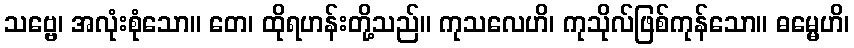
သဗ္ဗေ၊ အလုံးစုံသော။ တေ၊ ထိုရဟန်းတို့သည်။ ကုသလေဟိ၊ ကုသိုလ်ဖြစ်ကုန်သော။ ဓမ္မေဟိ၊